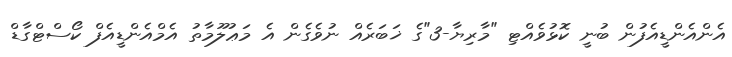
އެންއެންޑީއެފުން ބުނީ ކޮޅުވެއްޓި "މާރިޔާ-3"ގެ ޚަބަރެއް ނުވެގެން އެ މަޢުލޫމާތު އެމްއެންޑީއެފް ކޯސްޓްގާޑް